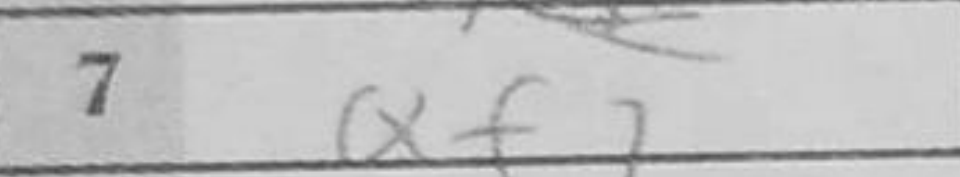
Transcription: Qf7